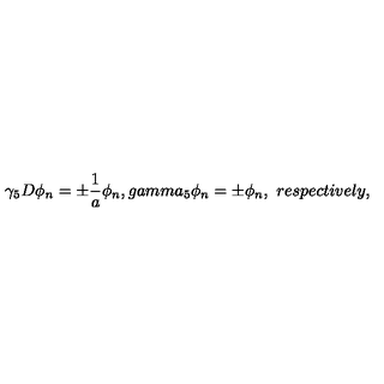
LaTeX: \gamma _ { 5 } D \phi _ { n } = \pm \frac { 1 } { a } \phi _ { n } , g a m m a _ { 5 } \phi _ { n } = \pm \phi _ { n } , \ r e s p e c t i v e l y ,